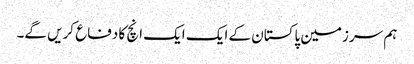
ہم سرزمین پاکستان کے ایک ایک انچ کا دفاع کریں گے۔